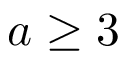
a \geq 3